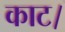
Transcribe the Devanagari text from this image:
काट।